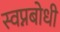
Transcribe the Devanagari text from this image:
स्वप्नबोधी